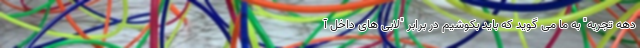
دهه تجربه" به ما می گوید که باید بکوشیم در برابر "لابی های داخل آ